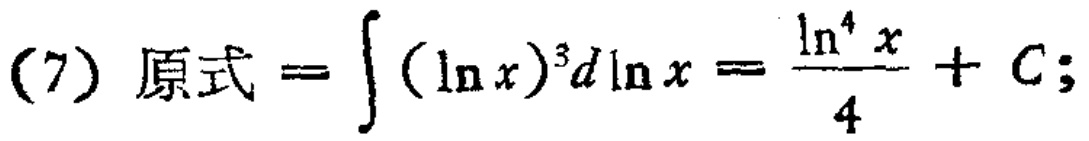
(7) 原式 \(=\int (\ln x)^{3}d\ln x=\frac{\ln^{4}x}{4}+C;\)